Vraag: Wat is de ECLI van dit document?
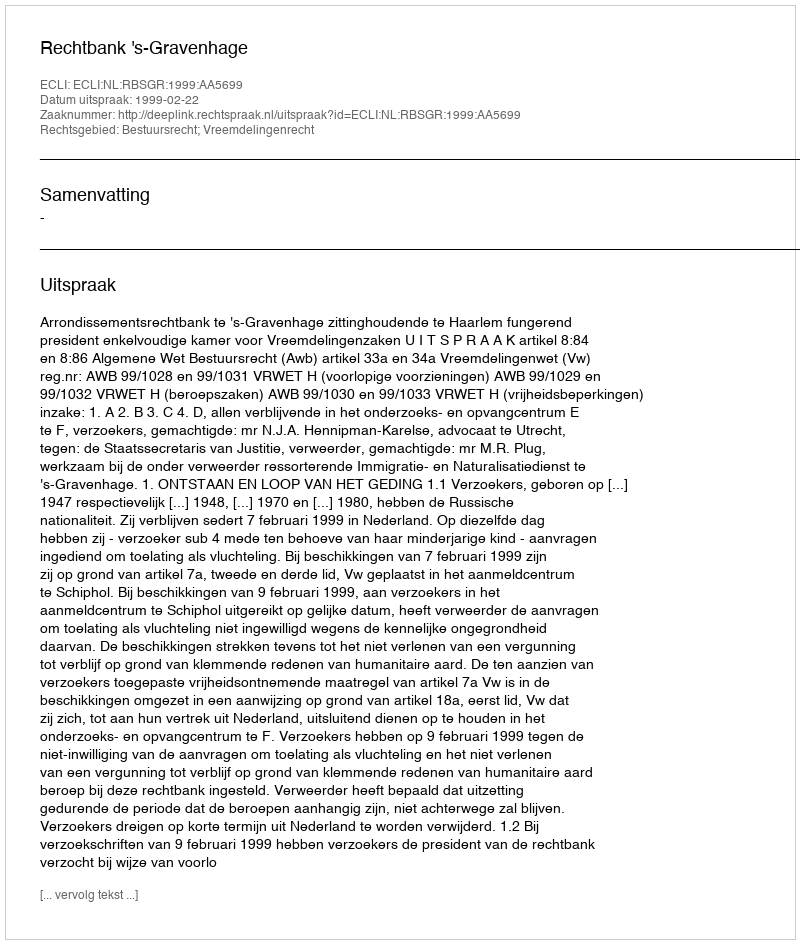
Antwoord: ECLI:NL:RBSGR:1999:AA5699